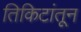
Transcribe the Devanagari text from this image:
तिकिटांतून